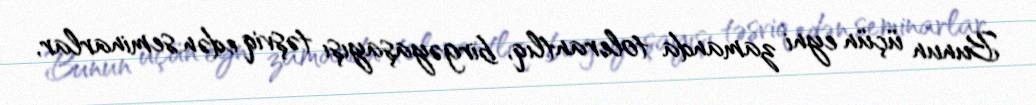
Bunun üçün eyni zamanda tolerantlıq, birgəyaşayışı təşviq edən seminarlar,